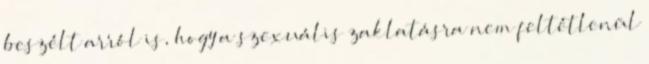
beszélt arról is, hogy a szexuális zaklatásra nem feltétlenül